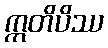
ဣတိပိဿ